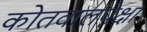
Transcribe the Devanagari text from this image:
कोतवालपेक्षा